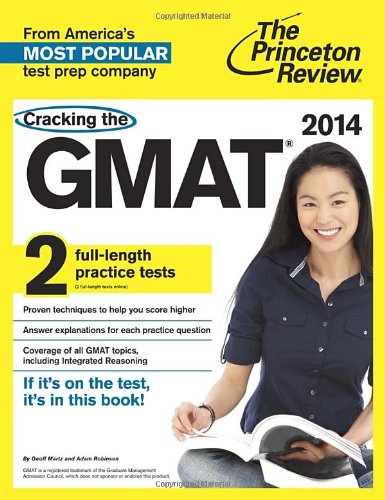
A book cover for Cracking the GMAT with 2 Practice Tests, 2014 Edition (Graduate School Test Preparation); Princeton Review; Education & Teaching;